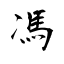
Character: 馮